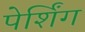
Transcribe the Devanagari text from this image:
पेर्शिंग